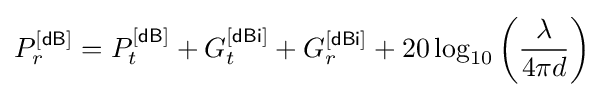
P_{r}^{\mathsf {[dB]}}=P_{t}^{\mathsf {[dB]}}+G_{t}^{\mathsf {[dBi]}}+G_{r}^{\mathsf {[dBi]}}+20\log _{10}\left({\frac {\lambda }{4\pi d}}\right)